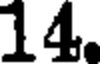
14.